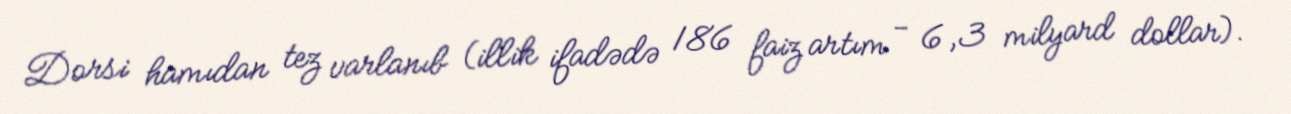
Dorsi hamıdan tez varlanıb (illik ifadədə 186 faiz artım - 6,3 milyard dollar).